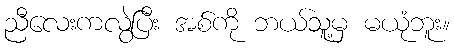
ညီလေးကလွဲပြီး အစ်ကို ဘယ်သူ့မှ မယုံဘူး။